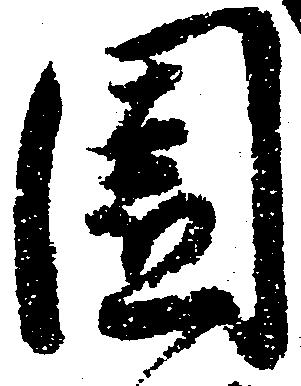
園